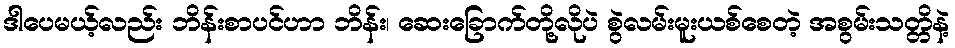
ဒါပေမယ့်လည်း ဘိန်းစာပင်ဟာ ဘိန်း၊ ဆေးခြောက်တို့လိုပဲ စွဲလမ်းမူးယစ်စေတဲ့ အစွမ်းသတ္တိနဲ့